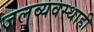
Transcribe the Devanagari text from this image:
जलव्यवस्थाही